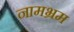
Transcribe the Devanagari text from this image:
नामभ्रम